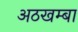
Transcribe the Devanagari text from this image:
अठखम्बा